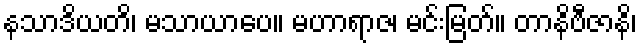
နသာဒိယတိ၊ မသာယာပေ။ မဟာရာဇ၊ မင်းမြတ်။ တာနိဗီဇာနိ၊